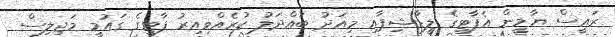
ރައީސް ޔާމީން އެޕާޓީގެ ލީޑާޝިޕާއި މިއަދު ބައްދަލު ކުރެއްވިއިރު ޕާޓީގެ ގައުމީ މަޖިލިސް